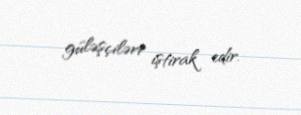
güləşçiləri iştirak edir.